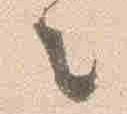
之